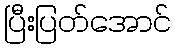
ပြီးပြတ်အောင်